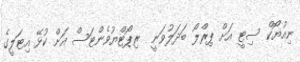
ނިއުޔޯކް ސިޓީ އަށް ޕިރްލޯ ބަދަލުވަނީ  ރިޕޯޓްޔުވެންޓަސް އަށް ކުޅޭ އިޓަލީގެ